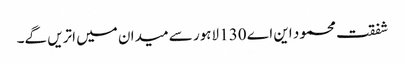
شفقت محمود این اے 130 لاہور سے میدان میں اتریں گے۔